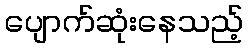
ပျောက်ဆုံးနေသည့်